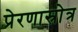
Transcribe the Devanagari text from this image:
प्रेरणास्रोत्र